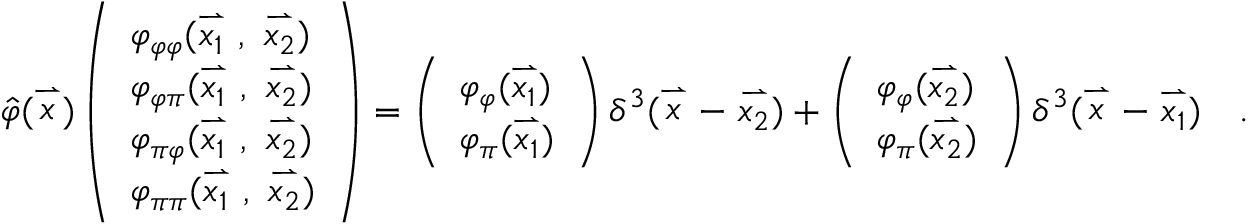
\hat { \varphi } ( \stackrel { \rightharpoonup } { x } ) \left( \begin{array} { l } { { \varphi _ { \varphi \varphi } ( \stackrel { \rightharpoonup } { x _ { 1 } } \ , \ \stackrel { \rightharpoonup } { x _ { 2 } } ) } } \\ { { \varphi _ { \varphi \pi } ( \stackrel { \rightharpoonup } { x _ { 1 } } \ , \ \stackrel { \rightharpoonup } { x _ { 2 } } ) } } \\ { { \varphi _ { \pi \varphi } ( \stackrel { \rightharpoonup } { x _ { 1 } } \ , \ \stackrel { \rightharpoonup } { x _ { 2 } } ) } } \\ { { \varphi _ { \pi \pi } ( \stackrel { \rightharpoonup } { x _ { 1 } } \ , \ \stackrel { \rightharpoonup } { x _ { 2 } } ) } } \end{array} \right) = \left( \begin{array} { l } { { \varphi _ { \varphi } ( \stackrel { \rightharpoonup } { x _ { 1 } } ) } } \\ { { \varphi _ { \pi } ( \stackrel { \rightharpoonup } { x _ { 1 } } ) } } \end{array} \right) \delta ^ { 3 } ( \stackrel { \rightharpoonup } { x } - \stackrel { \rightharpoonup } { x _ { 2 } } ) + \left( \begin{array} { l } { { \varphi _ { \varphi } ( \stackrel { \rightharpoonup } { x _ { 2 } } ) } } \\ { { \varphi _ { \pi } ( \stackrel { \rightharpoonup } { x _ { 2 } } ) } } \end{array} \right) \delta ^ { 3 } ( \stackrel { \rightharpoonup } { x } - \stackrel { \rightharpoonup } { x _ { 1 } } ) \ \ \ .